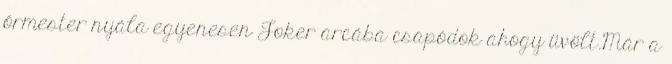
őrmester nyála egyenesen Joker arcába csapódok ahogy üvölt.Már a